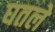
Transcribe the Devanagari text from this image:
घतले